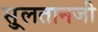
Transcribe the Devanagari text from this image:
सु्लतानजी